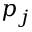
p _ { j }